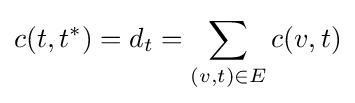
c(t,t^{*})=d_{t}=\sum _{(v,t)\in E}c(v,t)